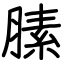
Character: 膆